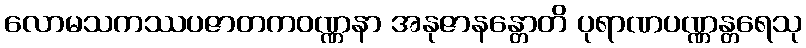
လောမသကဿပဇာတကဝဏ္ဏနာ အနုဇာနန္တောတိ ပုရာဏပဏ္ဏန္တရေသု